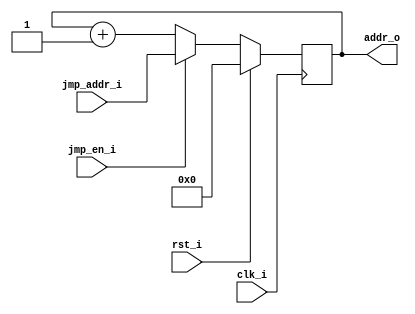
/* 5-bit program counter */

module pc(
  input clk_i,
  input rst_i,
  input jmp_en_i,
  input [4:0] jmp_addr_i,
  output reg [4:0] addr_o
);

  always @(posedge clk_i) begin
    if (rst_i)          addr_o <= 5'b0;
    else if (jmp_en_i)  addr_o <= jmp_addr_i;
    else                addr_o <= addr_o + 1;
  end

endmodule